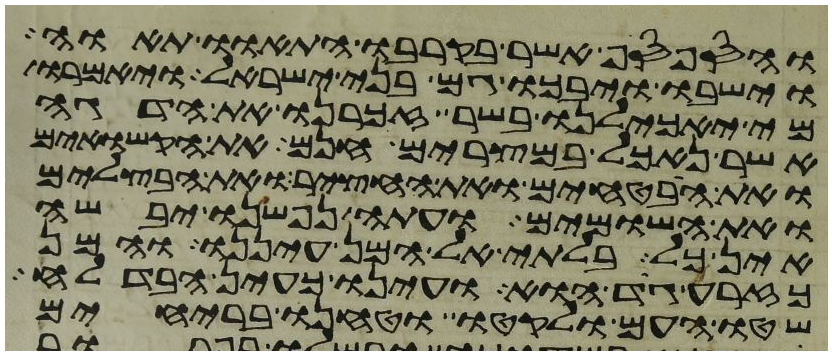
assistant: והספסף אשר בקרבו התאוו תאוה
וישבו ויבכו גם בני ישראל ויאמרו
מי יאכילנו בשר זכרנו את הדגה
אשר נאכל במצרים חנם את הקשואים
ואת הבטחים ואת החציר ואת הבצלים
ואת השומים ועתה נפשנו יבשה
אין כל בלתי אל המן עיננו והמן
כזרע גד הוא ועינו כעין הבדלח
שטו העם ולקטו וטחנו ברחים